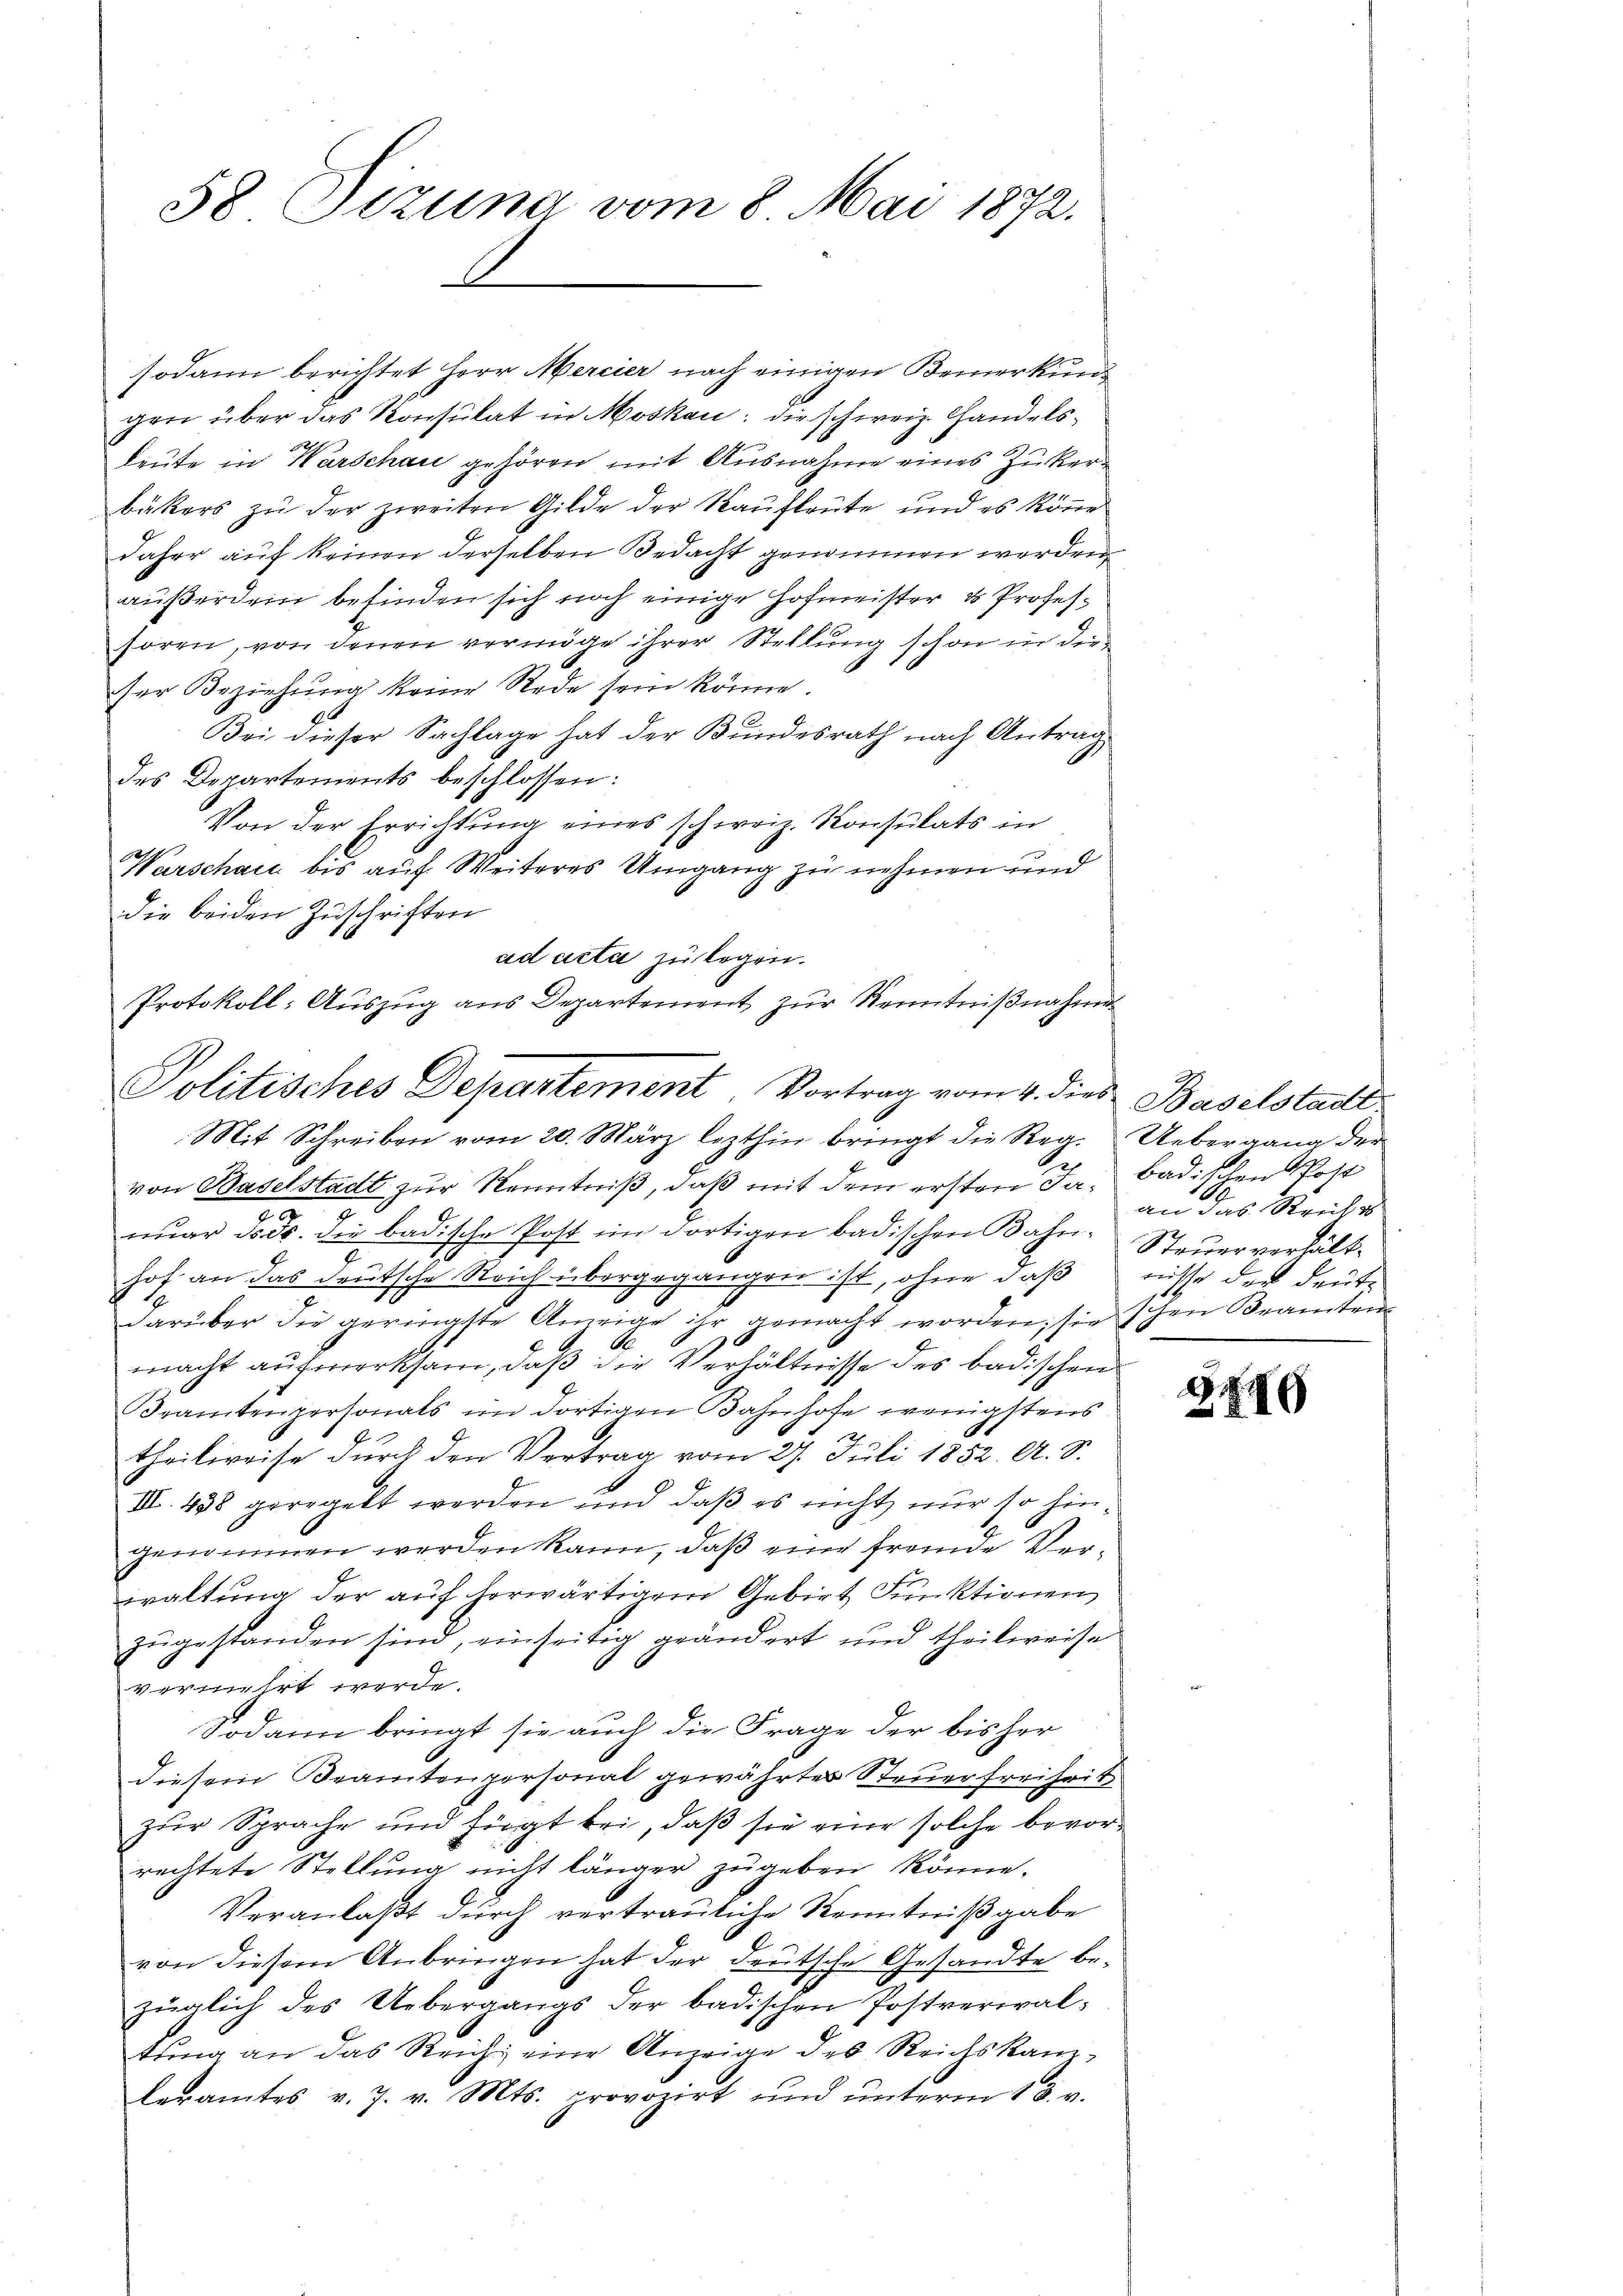
58 Sizung vom 8. Mai 1872.

sodann berichtet Herr Mercier nach einigen Bemerkund
gen über das Konsulat in Moskau, die schweiz. Handelsleute in Warschau gehören mit Ausnahme eines Zukerbäckers zu der zweiten Gilde der Kaufleute und es könne
daher auf keinen derselben Bedacht genommen werden,
außerdem befinden sich noch einige Hofmeister ds Profeshoren, von denen vermöge ihrer Stellung schon in dieser Beziehung keine Rede sein könne.
Bei dieser Sachlage hat der Bundesrath nach Antrag
des Departements beschlossen:
Von der Errichtung eines schweiz. Konsulats in
Warschau bis auf Weiteres Umgang zu nehmen und
die beiden Zuschriften
ad acta zu legen.
Protokoll: Auszug aus Departement zur Kenntnißnahme
Mit Schreiben vom 20. März lezthin bringt die Reg. Uebergang der
von Baselstadt zur Kenntniß, daß mit dem ersten Ja- badischen Kost
nŭar d. d. die badische Post im dortigen badischen Kahn. Steŭerverhält-
2
hof an das deutsche Reich übergegangen ist, ohne daß
f
d
19
darüber die geringste Anzeige ihr gemacht worden; sie schen Beamten
macht aufmerksam, daß die Verhältnisse des badischen
Beamtenpersonals im dortigen Bahnhofe wenigstens
J
theilweise durch den Vertrag vom 27. Juli 1852. A. S.
III. 438 geregelt werden und daß es nicht nur so hingenommen werden kann, daß eine fremde Verwaltung der auf herwärtigem Gebirt Funktionen
zugestanden sind, einseitig geändert und theilweise
vermehrt werde.
Sodann bringt sie auch die Frage der bisher
diesem Beamtenpersonal gewährter Steuerfreiheit
zur Sprache und fügt bei, daß sie eine solche bevorrechtete Stellung nicht länger zugeben könne.
Veranlaßt durch vertrauliche Kenntnißgabe
von diesem Anbringen hat der deutsche Gesandte bezüglich des Uebergangs der badischen Postverwaltŭng an das Reich eine Anzeige des Reichskanzleramtes v. 7. v. Mts. provozirt und ŭnterm 13. v.

Politisches Departement. Vortrag vom 4. dies Baselstadt

an das Reich s
nüsse der deute

2 849